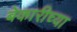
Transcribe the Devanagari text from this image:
बेकारीच्या